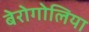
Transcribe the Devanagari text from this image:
बेरोगोलिया